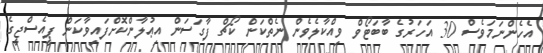
އެހެންނަމަވެސް 30 އަހަރުގެ ބާބަޓޯވް ވިއްކާލެވެން ނެތްކަން ކޯޗް ފާގަސަން އިޢުލާންކޮށްފައިވާކަން ޕީއެސްޖީގެ